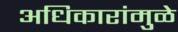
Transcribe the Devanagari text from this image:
अधिकारांमुळे